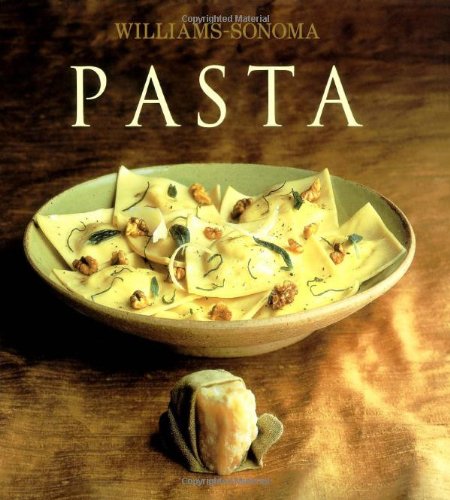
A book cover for Pasta: Williams-Sonoma Collection; Erica De Mane; Cookbooks, Food & Wine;